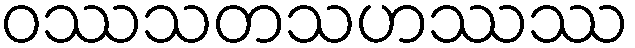
ဝဿသတသဟဿဿ